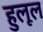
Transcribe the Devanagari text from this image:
हुलूल